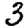
Digit: 3